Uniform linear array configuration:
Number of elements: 16
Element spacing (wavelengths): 0.25
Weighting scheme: blackman
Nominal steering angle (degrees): -60
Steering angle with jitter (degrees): -60.613
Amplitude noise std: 0.05
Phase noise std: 0.05

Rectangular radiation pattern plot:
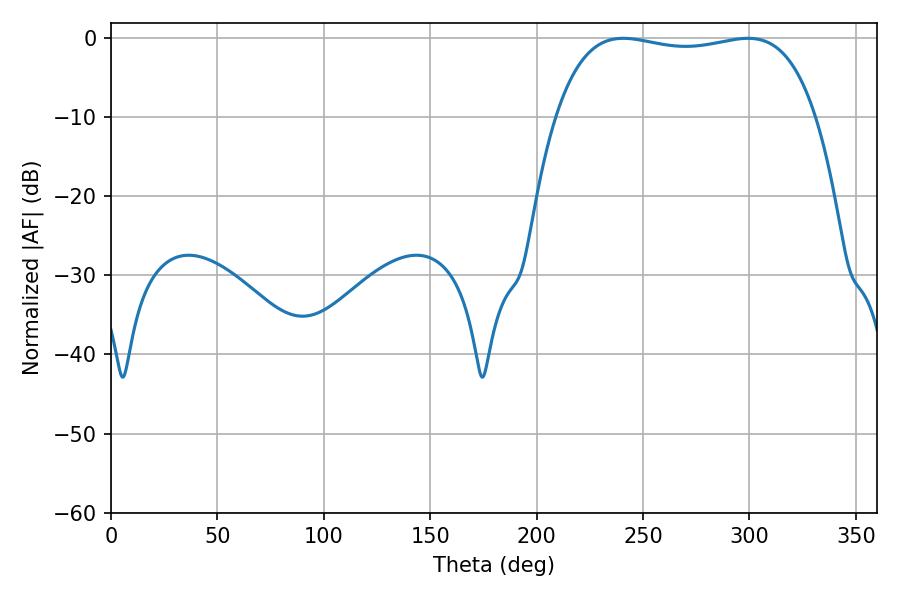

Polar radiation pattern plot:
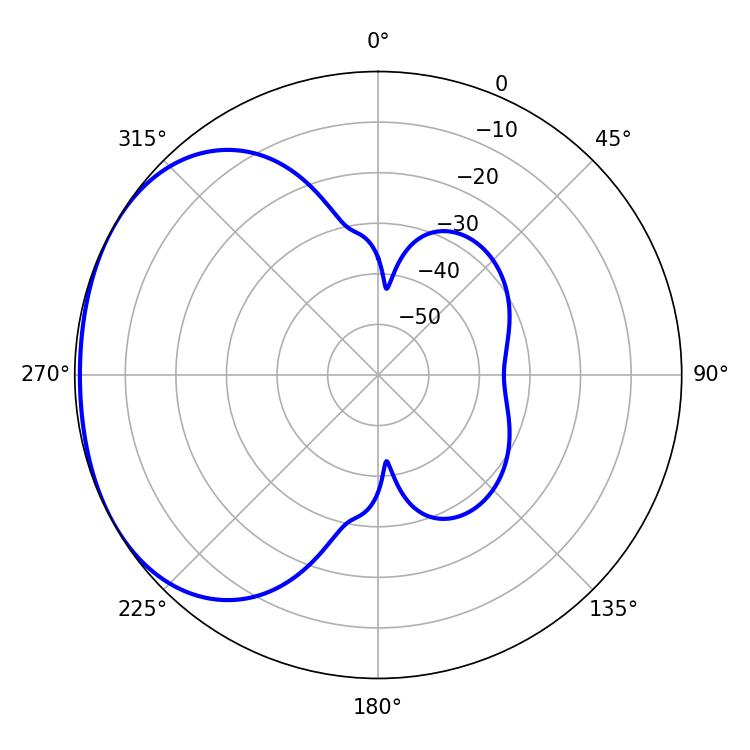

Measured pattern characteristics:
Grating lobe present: FALSE
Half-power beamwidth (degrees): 98.28
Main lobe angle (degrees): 240.66